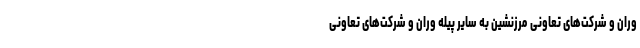
وران و شرکت‌های تعاونی مرزنشین به سایر پیله وران و شرکت‌های تعاونی